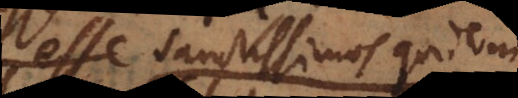
esse sanctissimos quidem